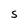
Character: S